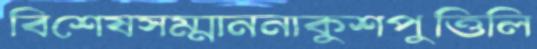
বিশেষসম্মাননাকুশপুত্তিলি